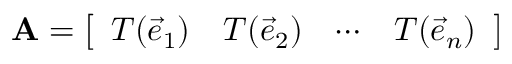
\mathbf { A } = { \left[ \begin{array} { l l l l } { T ( { \vec { e } } _ { 1 } ) } & { T ( { \vec { e } } _ { 2 } ) } & { \cdots } & { T ( { \vec { e } } _ { n } ) } \end{array} \right] }